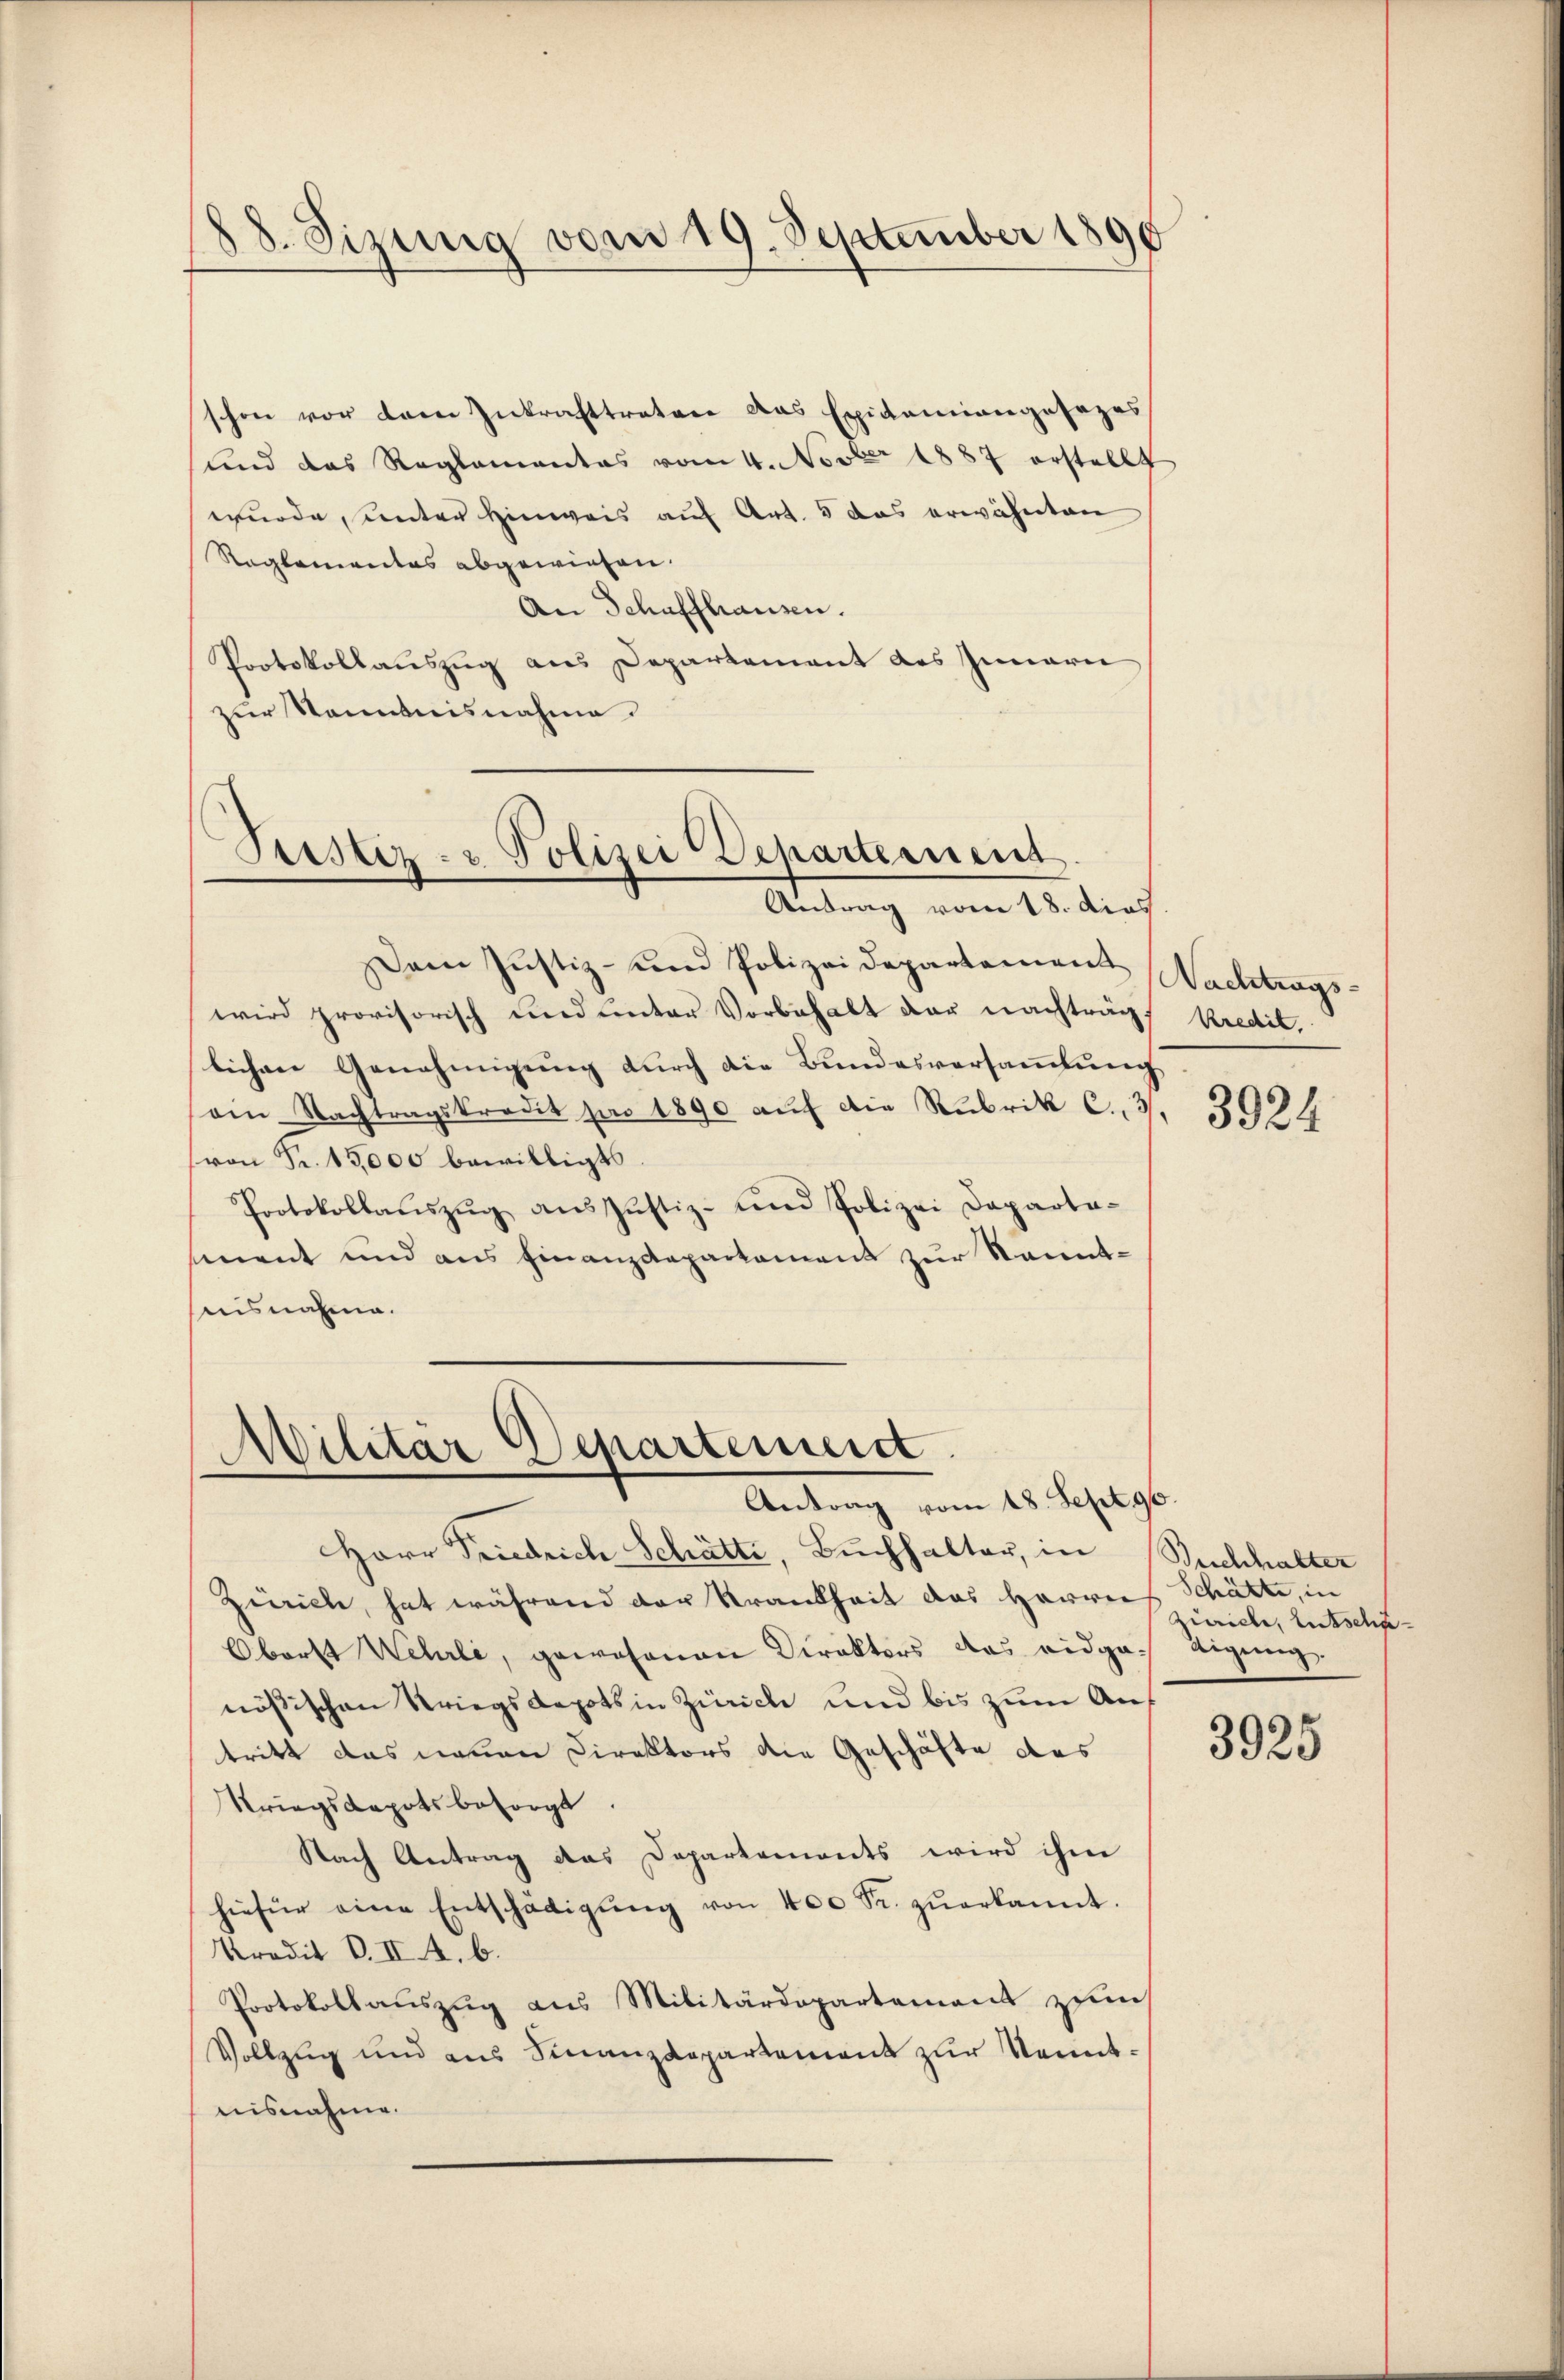
88. Sizung vom 19. September 1890

schon vor dem Inkrafttreter das Exicamiangesezes
und das Reglementas vom 4. Nov. 1887 erstellt
wurde, unter Hinweis auf Art. 5 das erwähnten
Reglementas abgewiesen.
An Schaffhausen.
Protokollauszug aus Departement des Innern
zur Kenntnisnahme.

Justiz- u Polizei Departement
Antrag vom 18. dies

Da Justiz- und Polizeidepartement Nachtrags-
wird provisorisch und unter Vorbehalt der nachträgt kredit.
lichen Genehmigung durch die Bundesversammlung
ain Nachtragskredit pro 1890 aŭf die Rubrik C., 3.
von Sr. 13,000 bewilligt
Protokollaŭszŭg aŭszŭstiz- und Polizei Daparta-
sment und aus Finanzdepartament zur Kenntnisnahme.

Militär Departement
Antrag vom 18. Sept. 90

Herr Friedrich Schätte, Buchhalter, in Buchhalter
Zürich, hat während der Krankheit das Herrn Schätte, in
Oberst Wehrli, gewesenen Direktors das eidga tigung.
nößischen Kriegsdepots in Zürich und bis zum Auf
tritt das neuen Direktors die Geschäfte des
Kriegskapots besorgt.
Nach Antrag das Departements wird ihm
hiefür eine Entschädigŭng von 400 Fr. zŭerkannt.
Kredit O. II. A. b.
Protokollauszug aus Militärdepartement zum
Vollzug und aus Finanzdepartement zur Kenntnisnahme.

3924

zuriche, Entschä¬

3925